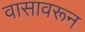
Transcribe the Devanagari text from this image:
वासावरून